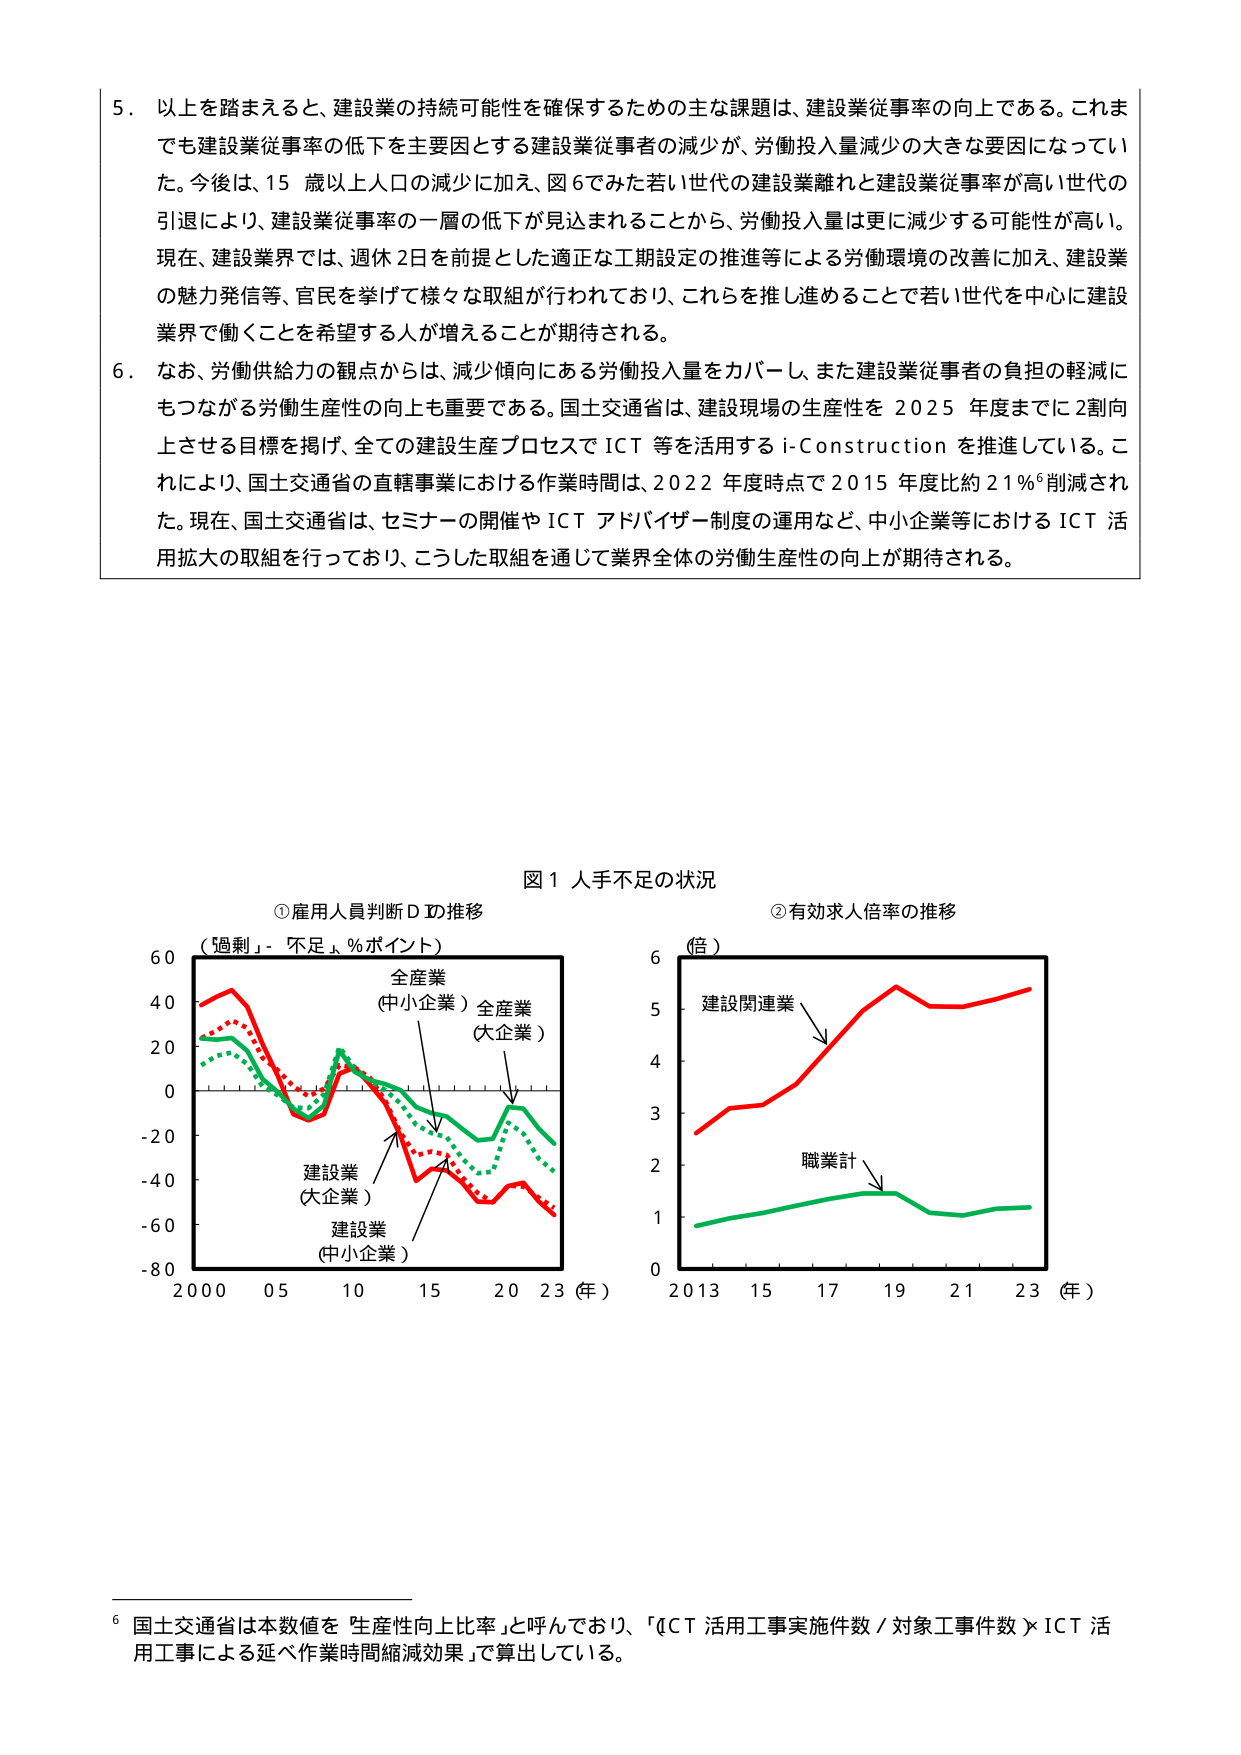
5. 以上を踏まえると、建設業の持続可能性を確保するための主な課題は、建設業従事率の向上である。これまでも建設業従事率の低下を主要因とする建設業従事者の減少が、労働投入量減少の大きな要因になっていた。今後は、15 歳以上人口の減少に加え、図6でみた若い世代の建設業離れと建設業従事率が高い世代の引退により、建設業従事率の一層の低下が見込まれることから、労働投入量は更に減少する可能性が高い。現在、建設業界では、週休2日を前提とした適正な工期設定の推進等による労働環境の改善に加え、建設業の魅力発信等、官民を挙げて様々な取組が行われており、これらを推し進めることで若い世代を中心に建設業界で働くことを希望する人が増えることが期待される。

6. なお、労働供給力の観点からは、減少傾向にある労働投入量をカバーし、また建設業従事者の負担の軽減にもつながる労働生産性の向上も重要である。国土交通省は、建設現場の生産性を2025年度までに2割向上させる目標を掲げ、全ての建設生産プロセスでICT等を活用するi-Constructionを推進している。これにより、国土交通省の直轄事業における作業時間は、2022年度時点で2015年度比約21％⁶削減された。現在、国土交通省は、セミナーの開催やICTアドバイザー制度の運用など、中小企業等におけるICT活用拡大の取組を行っており、こうした取組を通じて業界全体の労働生産性の向上が期待される。

図1 人手不足の状況

①雇用人員判断Dの推移
（過剰・不足、％ポイント）
全産業
（中小企業）全産業
（大企業）
建設業
（大企業）
建設業
（中小企業）
2000 05 10 15 20 23（年）

②有効求人倍率の推移
（倍）
建設関連業
職業計
2013 15 17 19 21 23（年）

⁶ 国土交通省は本数値を「生産性向上比率」と呼んでおり、「（ICT活用工事実施件数／対象工事件数）×ICT活用工事による延べ作業時間縮減効果」で算出している。